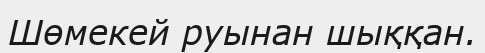
Шөмекей руынан шыққан.